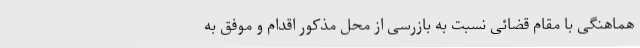
هماهنگی با مقام قضائی نسبت به بازرسی از محل مذکور اقدام و موفق به